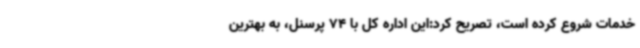
خدمات شروع کرده است، تصریح کرد:این اداره کل با 74 پرسنل، به بهترین